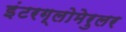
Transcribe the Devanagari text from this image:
इंटरग्लोमेरुलर